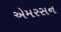
એમરસન